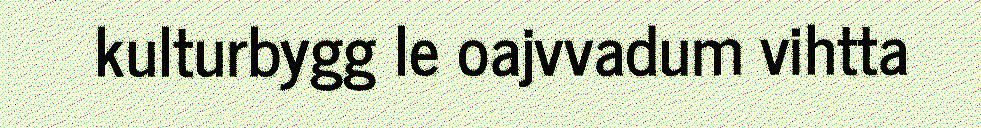
kulturbygg le oajvvadum vihtta